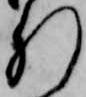
肝